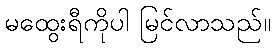
မထွေးရီကိုပါ မြင်လာသည်။